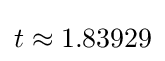
t\approx 1.83929